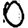
Digit: 0